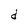
Character: d